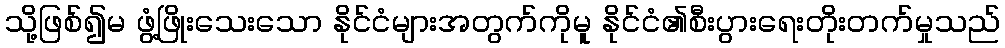
သို့ဖြစ်၍မ ဖွံ့ဖြိုးသေးသော နိုင်ငံများအတွက်ကိုမူ နိုင်ငံ၏စီးပွားရေးတိုးတက်မှုသည်